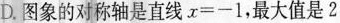
D. 图象的对称轴是直线$$x = - 1$$，最大值是2